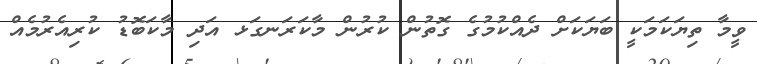
ވީމާ ތިޔަކަމަކީ ބަޔަކަށް ދެއްކުމުގެ ގޮތުން ކުރުން މާކަރަނގަޅ އަދި މާކަބޮޑު ކުރިއެރުމެއް